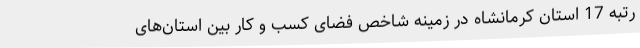
رتبه 17 استان کرمانشاه در زمینه شاخص فضای کسب و کار بین استان‌های